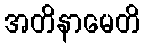
အတိနာမေတိ